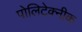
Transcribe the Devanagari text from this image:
पोलिटेक्नीक